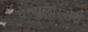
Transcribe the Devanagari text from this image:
चेरुपुलास्सेरी